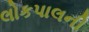
લોકપાલની